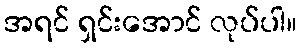
အရင် ရှင်းအောင် လုပ်ပါ။